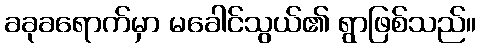
ခခုခရောက်မှာ မခေါင်သွယ်၏ ရွာဖြစ်သည်။